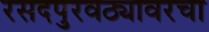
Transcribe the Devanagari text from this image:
रसदपुरवठ्यावरचा